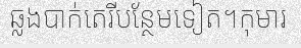
ឆ្លងបាក់តេរីបន្ថែមទៀត។កុមារ